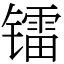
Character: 镭